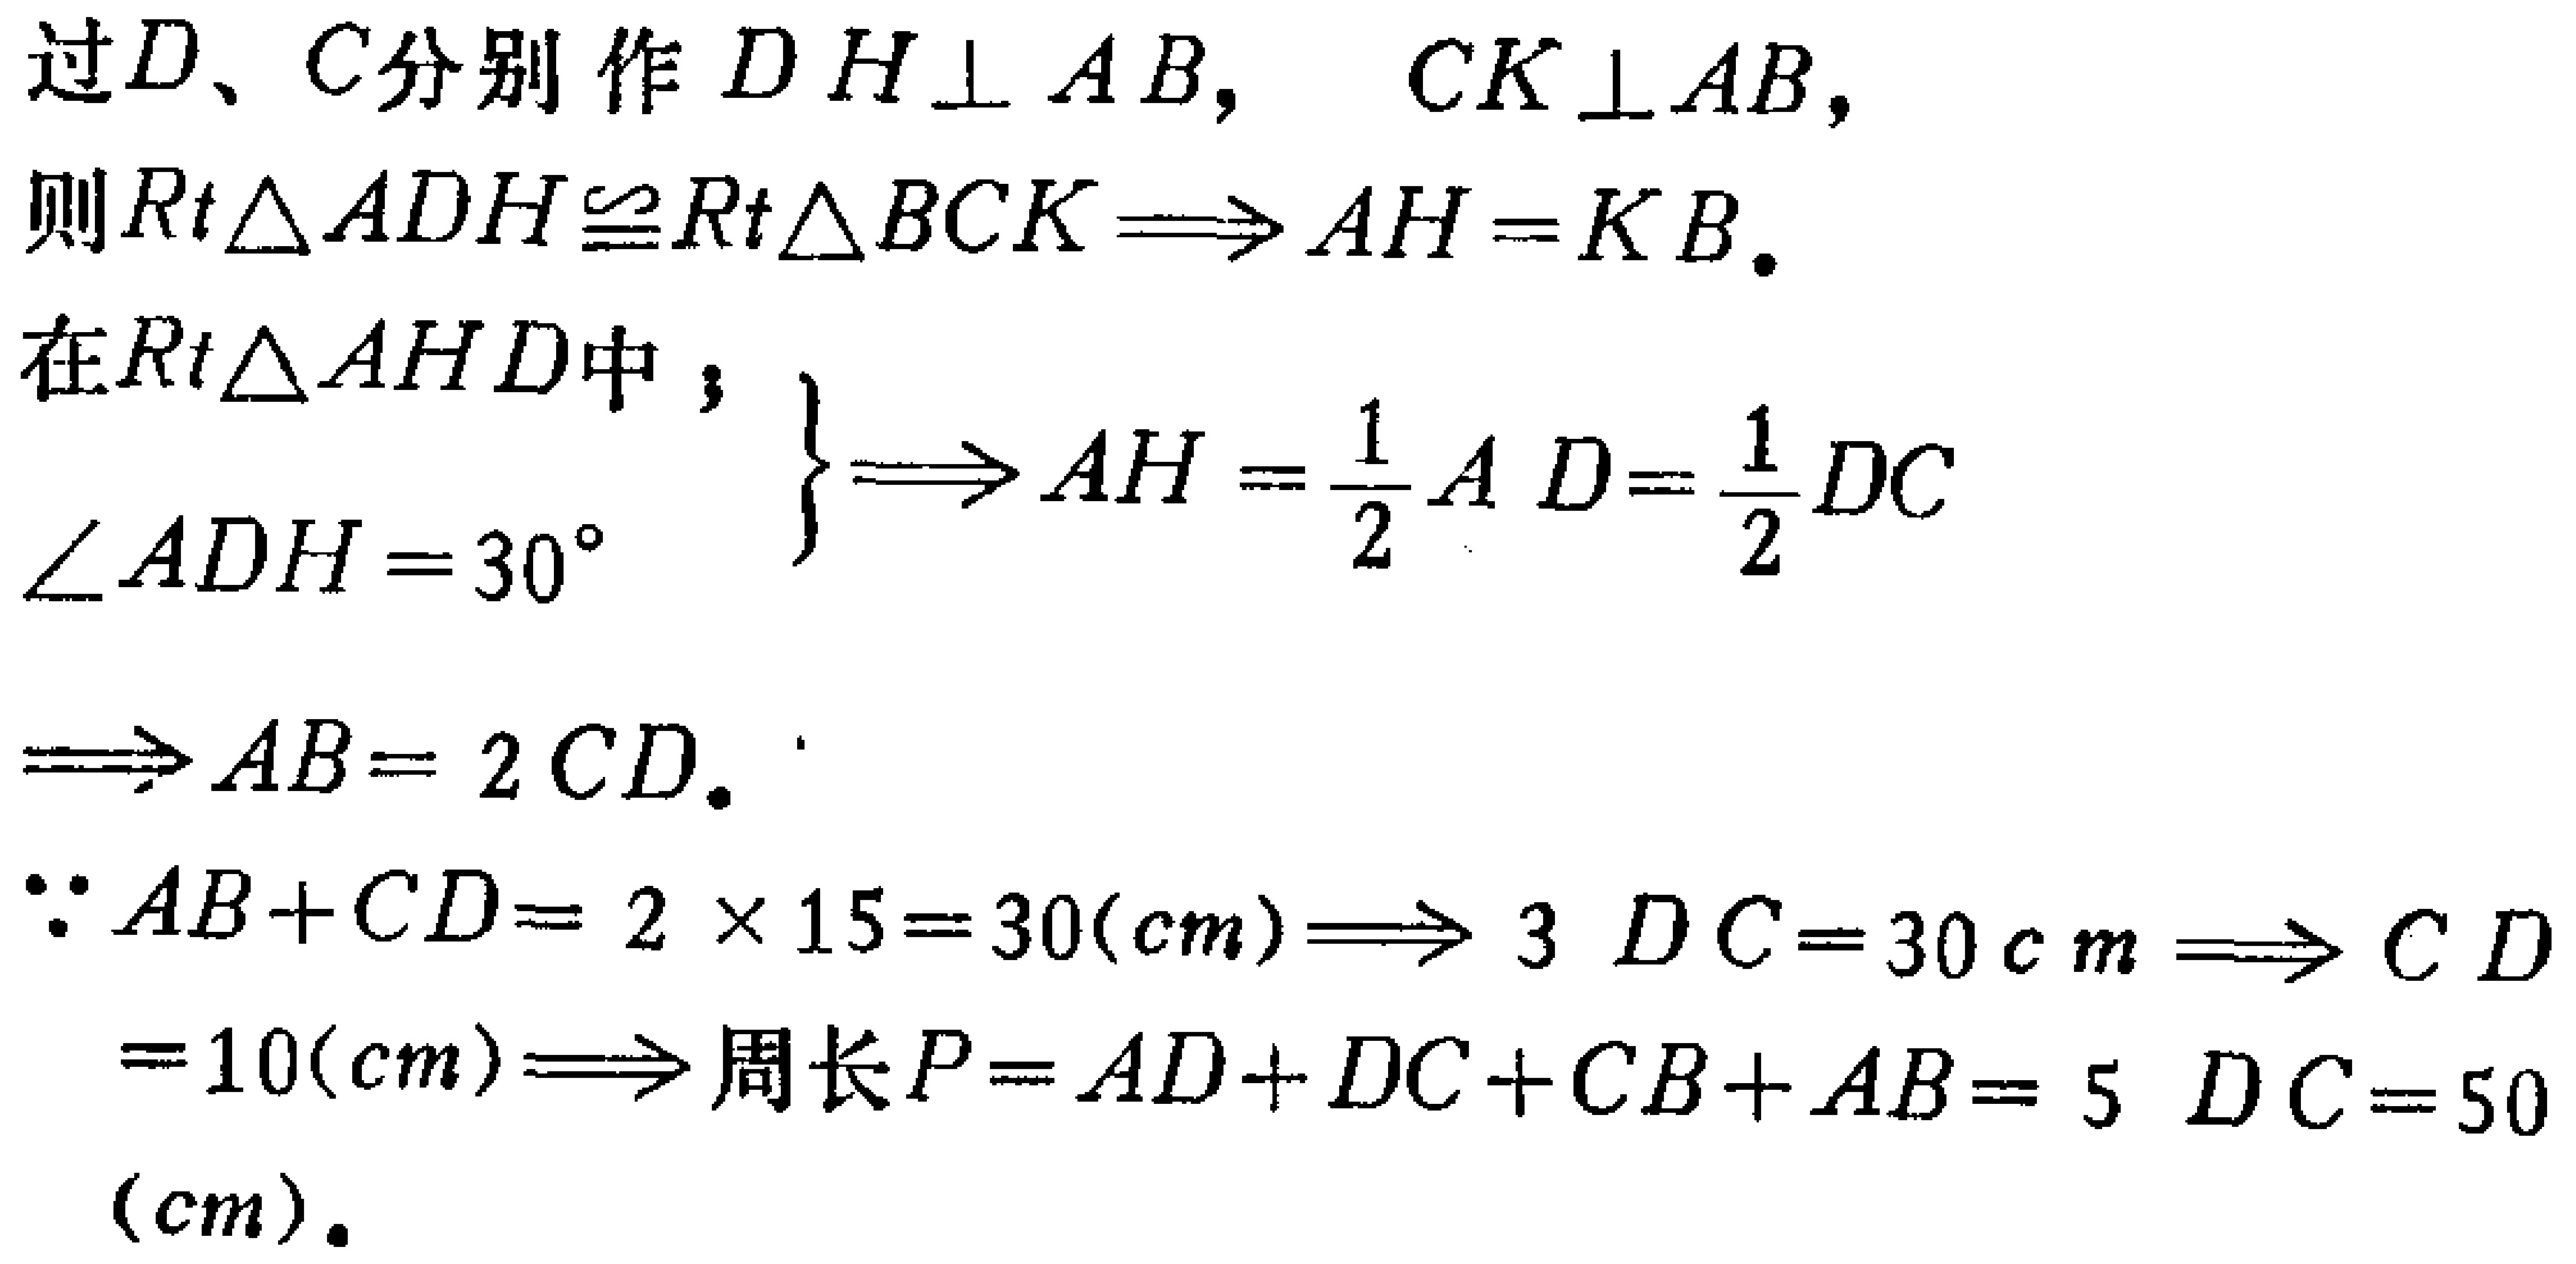
过\(D\)、\(C\)分别作 \(DH\perp AB,\ \ CK\perp AB,\)

则\(Rt\triangle ADH\cong Rt\triangle BCK\Longrightarrow AH = KB.\)

在\(Rt\triangle AHD\)中；

\(\left.\begin{array}{l}

\\

\angle ADH = 30^{\circ}

\end{array}\right\}\Longrightarrow AH=\frac{1}{2}AD=\frac{1}{2}DC\)

\(\Longrightarrow AB = 2CD.\)

\(\because AB + CD=2\times15 = 30(cm)\Longrightarrow 3DC = 30cm\Longrightarrow CD\)

\(= 10(cm)\Longrightarrow\)周长\(P=AD + DC+CB + AB = 5DC = 50\)

\((cm).\)